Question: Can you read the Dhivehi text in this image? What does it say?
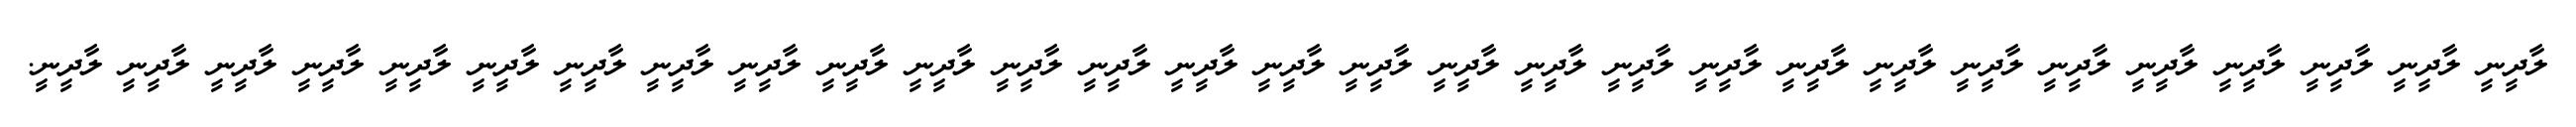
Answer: ލާދީނީ ލާދީނީ ލާދީނީ ލާދީނީ ލާދީނީ ލާދީނީ ލާދީނީ ލާދީނީ ލާދީނީ ލާދީނީ ލާދީނީ ލާދީނީ ލާދީނީ ލާދީނީ ލާދީނީ ލާދީނީ ލާދީނީ ލާދީނީ ލާދީނީ ލާދީނީ ލާދީނީ ލާދީނީ ލާދީނީ ލާދީނީ ލާދީނީ ލާދީނީ ލާދީނީ ލާދީނީ ލާދީނީ.